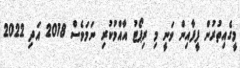
މީގެއިތުރުން ފީފާއިން ވަނީ މި ރިޕޯޓު އާއްމުކުރި ނަމަވެސް 2018 އަދި 2022